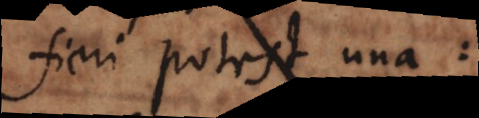
fieri poterit una: